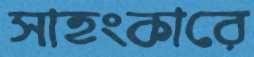
সাহংকারে